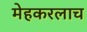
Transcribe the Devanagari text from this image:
मेहकरलाच